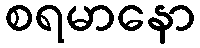
စရမာနော